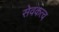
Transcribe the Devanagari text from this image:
सेवकत्व